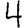
Digit: 4